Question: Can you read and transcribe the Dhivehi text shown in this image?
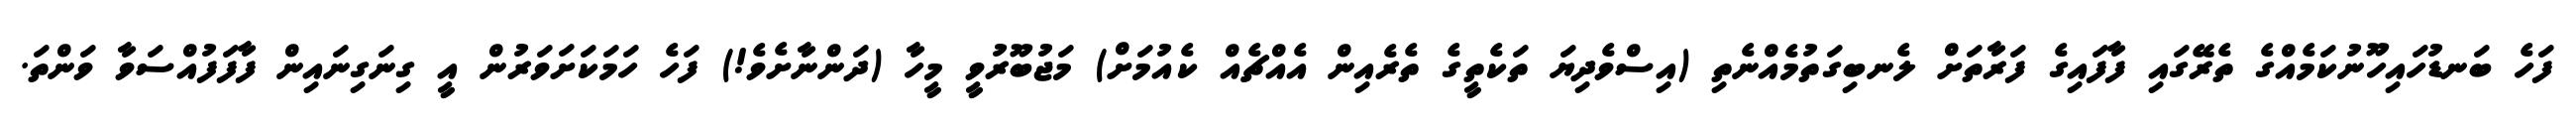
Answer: ފަހެ ބަނޑުހައިހޫނުކަމެއްގެ ތެރޭގައި ފާފައިގެ ފަރާތަށް ލެނބިގަތުމެއްނެތި (އިސްވެދިޔަ ތަކެތީގެ ތެރެއިން އެއްޗެއް ކެއުމަށް) މަޖުބޫރުވީ މީހާ (ދަންނާށެވެ!) ފަހެ ހަމަކަށަވަރުން އީ ގިނަގިނައިން ފާފަފުއްސަވާ ވަންތަ.